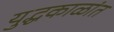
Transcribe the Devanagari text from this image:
युद्धकाळांत